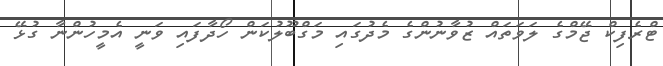
ޓްރެފިކް ޖޭމްގެ ލަވަތައް ޒުވާނުންގެ މެދުގައި މަގްބޫލުކަން ހޯދާފައި ވަނީ އެމީހުންނާ ގުޅޭ